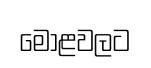
මොළවලට